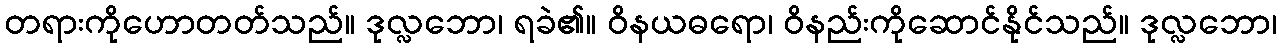
တရားကိုဟောတတ်သည်။ ဒုလ္လဘော၊ ရခဲ၏။ ဝိနယဓရော၊ ဝိနည်းကိုဆောင်နိုင်သည်။ ဒုလ္လဘော၊